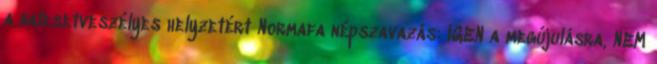
a balesetveszélyes helyzetért Normafa népszavazás: IGEN a megújulásra, NEM